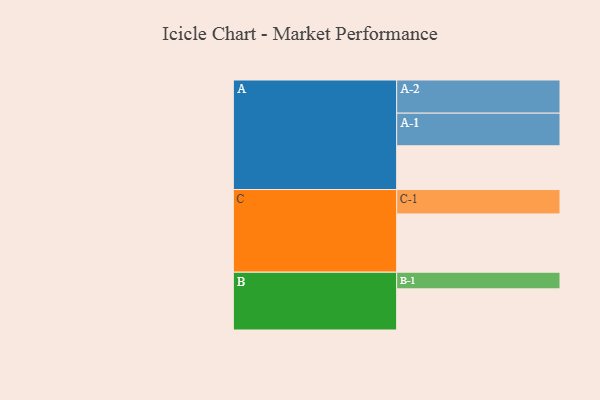
{"axis": {"x": "Segment", "y": "Value"}, "legend": ["", "A", "B", "C"], "data": [{"x": "A", "y": 334, "type": ""}, {"x": "B", "y": 314, "type": ""}, {"x": "C", "y": 445, "type": ""}, {"x": "A-1", "y": 249, "type": "A"}, {"x": "A-2", "y": 253, "type": "A"}, {"x": "B-1", "y": 127, "type": "B"}, {"x": "C-1", "y": 186, "type": "C"}]}